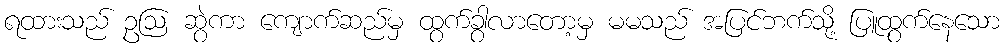
ရထားသည် ဥဩ ဆွဲကာ ကျောက်ဆည်မှ ထွက်ခွာလာတော့မှ မမသည် အပြင်ဘက်သို့ ပြူထွက်နေသော